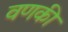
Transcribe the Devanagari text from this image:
वणकी